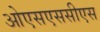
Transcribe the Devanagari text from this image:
ओएसएससीएस